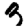
Digit: 3